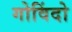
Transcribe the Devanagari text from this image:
गोविंदो